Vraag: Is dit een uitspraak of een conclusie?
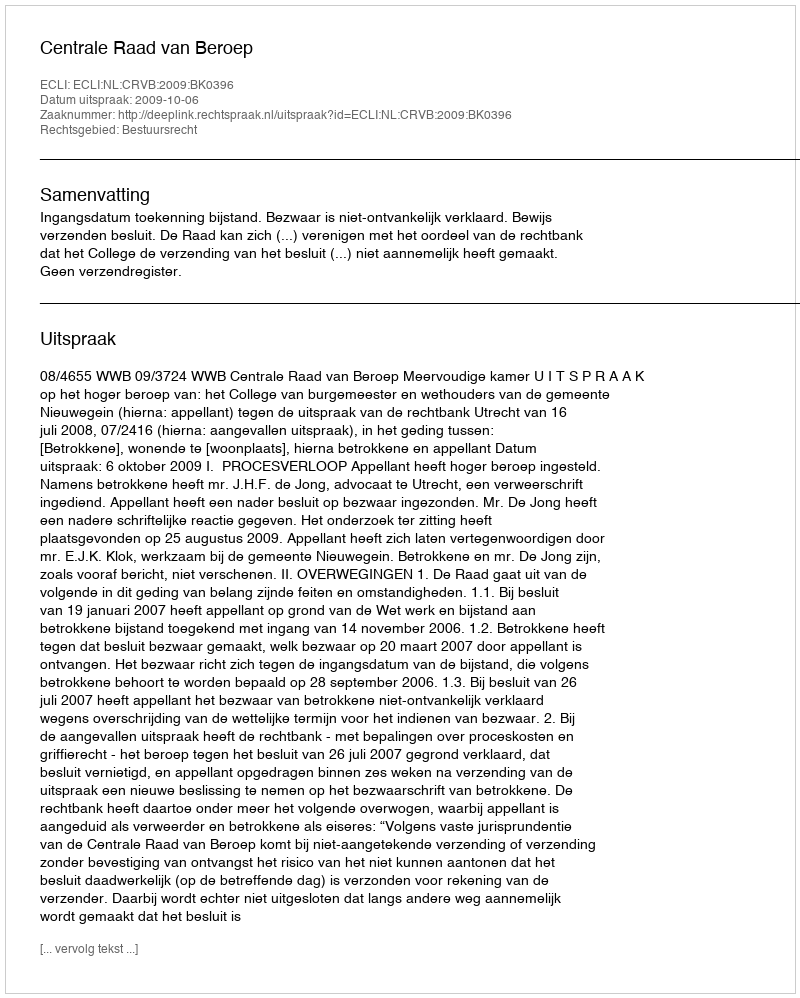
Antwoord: Uitspraak